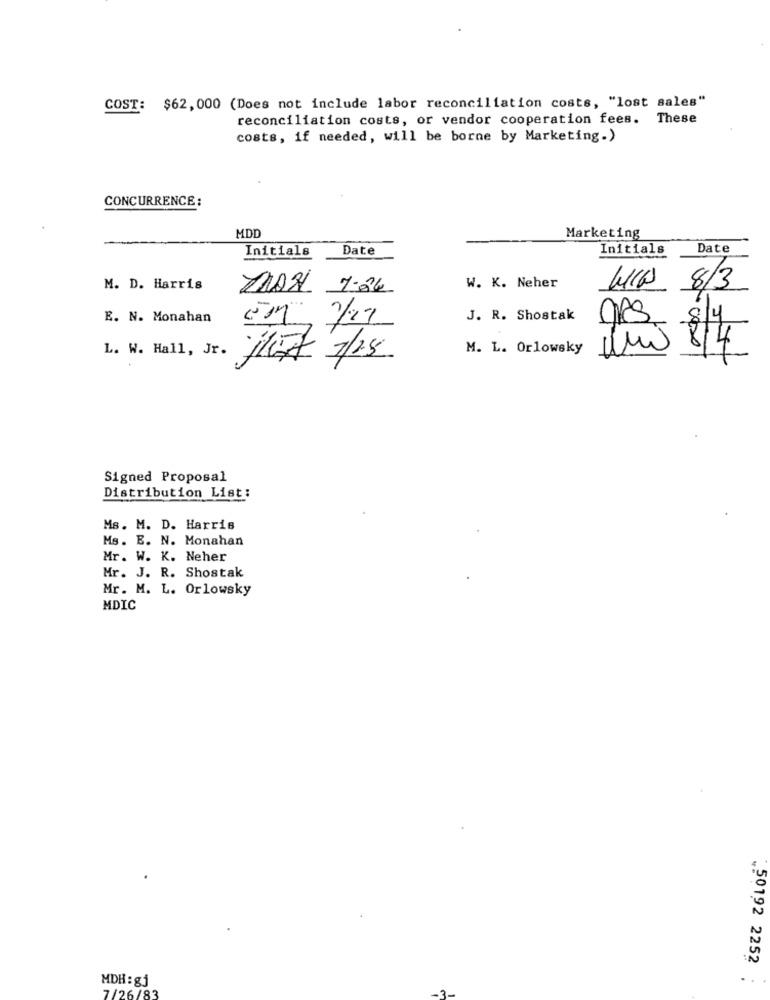
COST: $62, 000 (Does not include labor reconciliation costs, "lost sales"
reconciliation costs, or vendor cooperation fees. These
costs, if needed, will be borne by Marketing.)
CONCURRENCE:
MDD
Marketing
Initials
Date
Initials
Date
M. D. Harris
MAN 7-24
W. K. Neher
WWW 8/3
E. N. Monahan
J. R. Shostak
8/4
L. W. Hall, Jr.
M. L. Orlowsky
8/4
17 7/25
Signed Proposal
Distribution List:
Ms. M. D. Harris
Ms. E. N. Monahan
Mr. W. K. Neher
Mr. J. R. Shostak
Mr. M. L. Orlowsky
MDIC
.50192 2252
MDH : gj
7/26/83